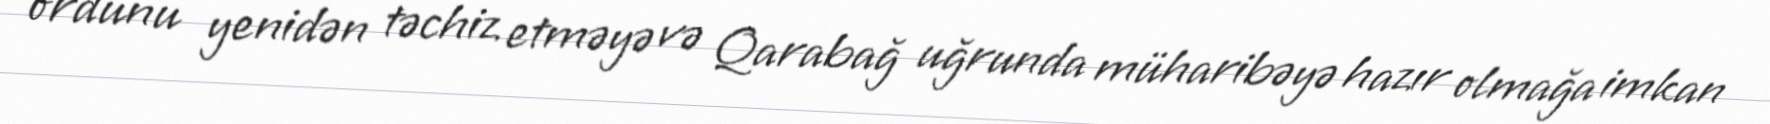
ordunu yenidən təchiz etməyə və Qarabağ uğrunda müharibəyə hazır olmağa imkan